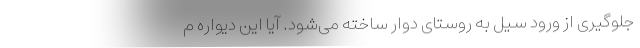
جلوگیری از ورود سیل به روستای دوار ساخته می‌شود. آیا این دیواره م